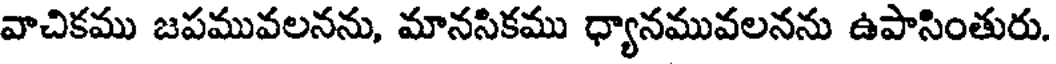
వాచికము జపమువలనను, మానసికము ధ్యానమువలనను ఉపాసింతురు.